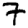
Digit: 7